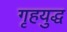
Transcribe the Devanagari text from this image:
गृहयुद्ध